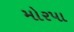
મોરપા